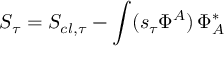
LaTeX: S _ { \tau } = S _ { c l , \tau } - \int ( s _ { \tau } \Phi ^ { A } ) \, \Phi _ { A } ^ { * }